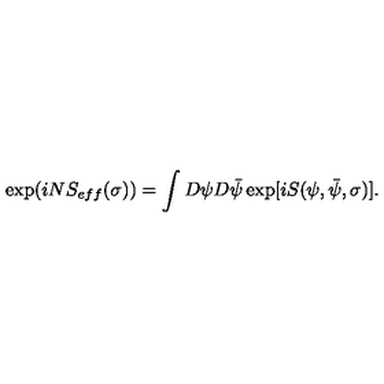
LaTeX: \exp ( i N S _ { e f f } ( \sigma ) ) = \int D \psi D \bar { \psi } \exp [ i S ( \psi , \bar { \psi } , \sigma ) ] .